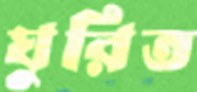
ঘুরিত